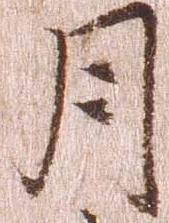
月